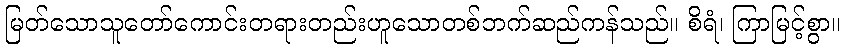
မြတ်သောသူတော်ကောင်းတရားတည်းဟူသောတစ်ဘက်ဆည်ကန်သည်။ စိရံ၊ ကြာမြင့်စွာ။